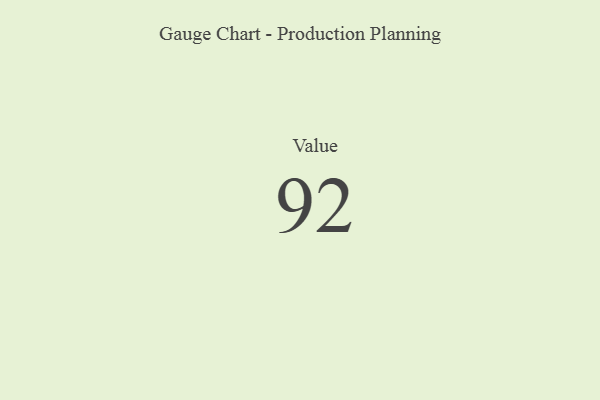
{"axis": {"x": "Metric", "y": "Value"}, "legend": [""], "data": [{"x": "Value", "y": 92, "type": ""}]}